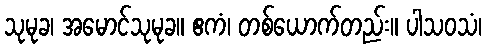
သုမုခ၊ အမောင်သုမုခ။ ဧကံ၊ တစ်ယောက်တည်း။ ပါသဝသံ၊